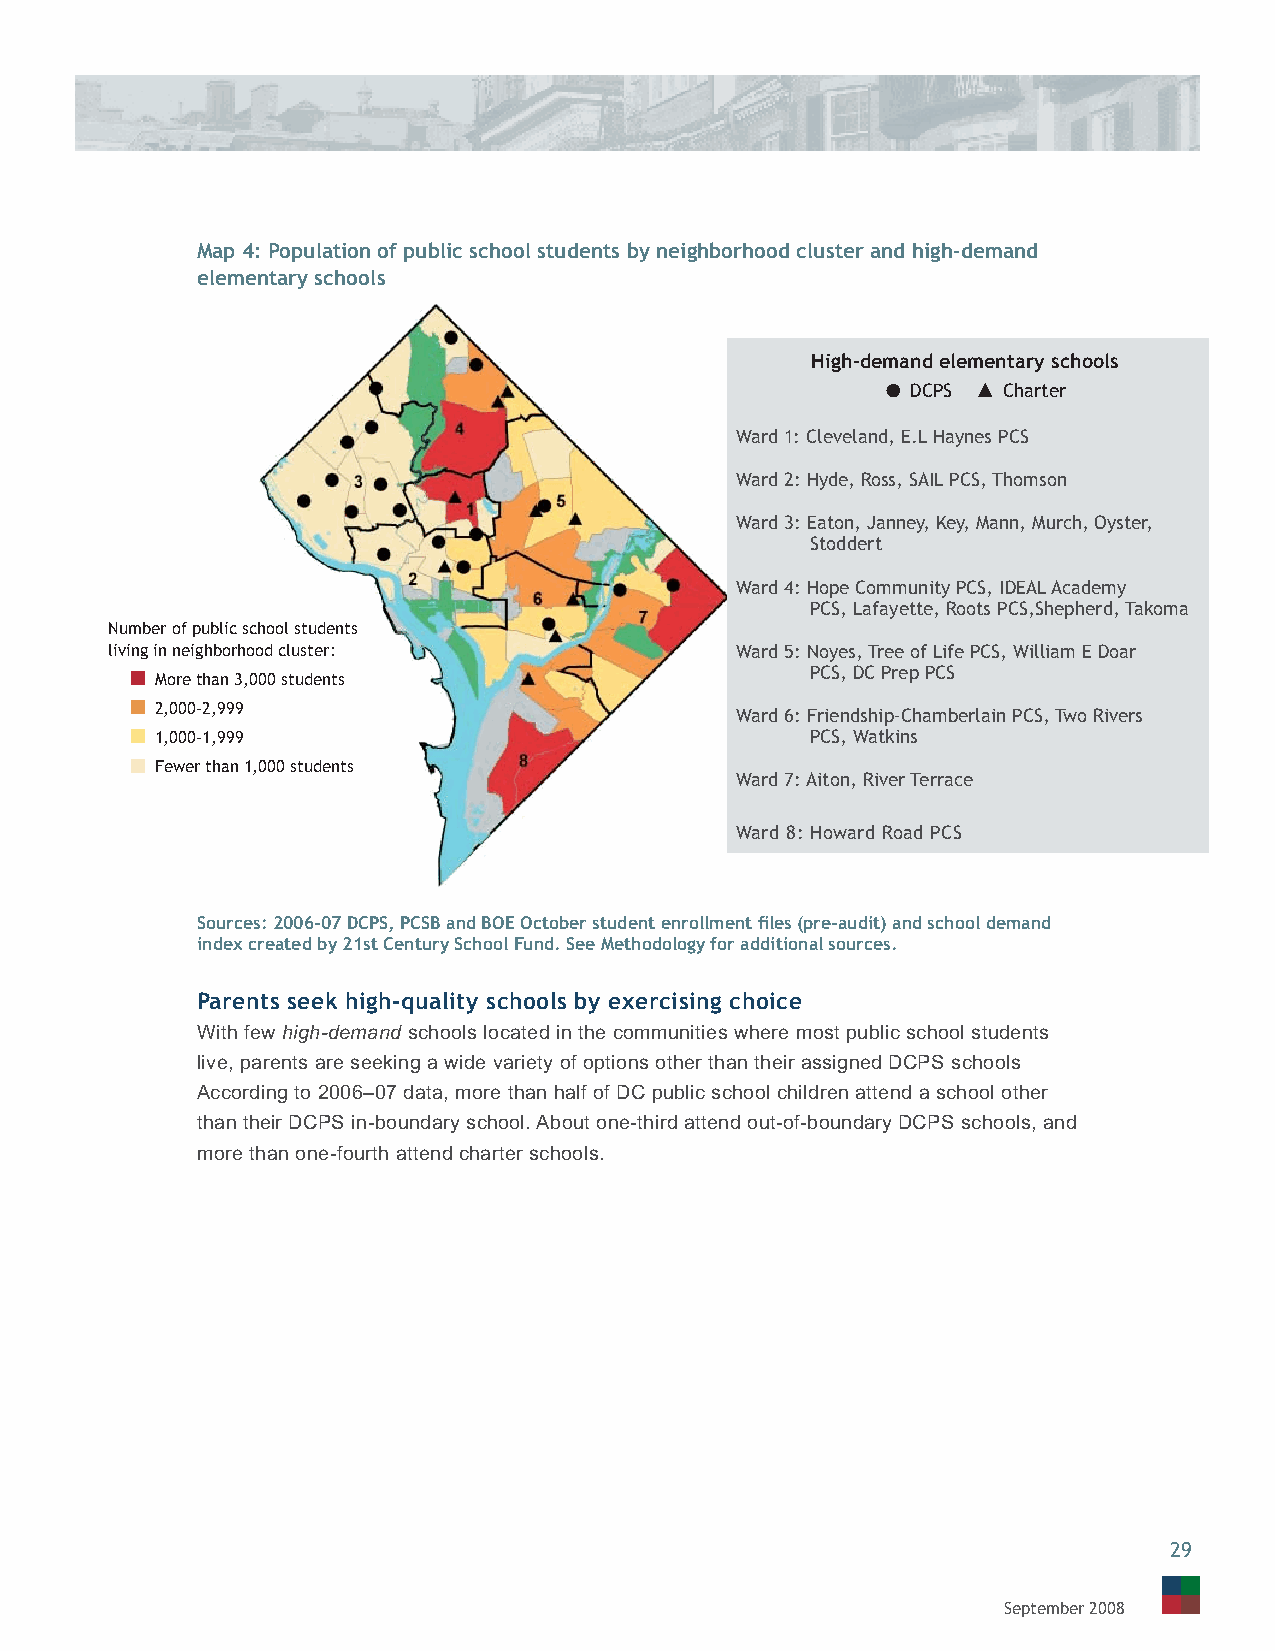
Map 4: Population of public school students by neighborhood cluster and high-demand
 elementary schools
 High-demand elementary schools
 DCPS  Charter
 Ward 1: Cleveland, E.L Haynes PCS
 Ward 2: Hyde, Ross, SAIL PCS, Thomson
 Ward 3: Eaton, Janney, Key, Mann, Murch, Oyster,
 Stoddert
 Ward 4: Hope Community PCS, IDEAL Academy
 PCS, Lafayette, Roots PCS,Shepherd, Takoma
 Number of public school students
 living in neighborhood cluster:           Ward 5: Noyes, Tree of Life PCS, William E Doar
 PCS, DC Prep PCS
 More than 3,000 students
 2,000–2,999                            Ward 6: Friendship-Chamberlain PCS, Two Rivers
 1,000–1,999                                 PCS, Watkins
 Fewer than 1,000 students
 Ward 7: Aiton, River Terrace
 Ward 8: Howard Road PCS
 Sources: 2006-07 DCPS, PCSB and BOE October student enrollment fi les (pre-audit) and school demand
 index created by 21st Century School Fund. See Methodology for additional sources.
 Parents seek high-quality schools by exercising choice
 With few high-demand schools located in the communities where most public school students
 live, parents are seeking a wide variety of options other than their assigned DCPS schools
 According to 2006–07 data, more than half of DC public school children attend a school other
 than their DCPS in-boundary school. About one-third attend out-of-boundary DCPS schools, and
 more than one-fourth attend charter schools.
 29
 September 2008